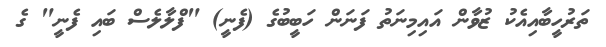
ތަރުހީބާއިއެކު ޒުވާން އައިމިނަތު ފަނަން ހަބީބުގެ (ފެނީ) "ފްލާލެސް ބައި ފެނީ" ގެ